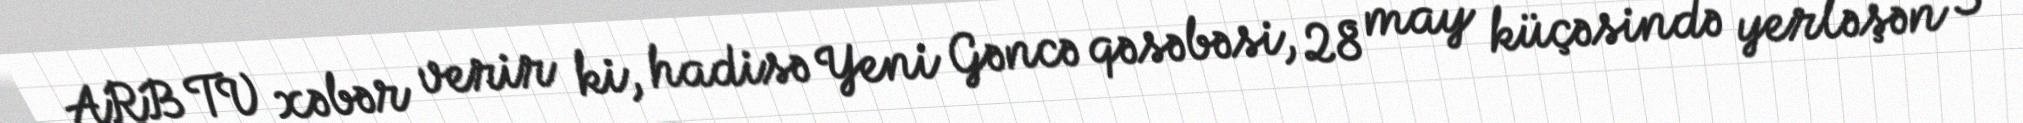
ARB TV xəbər verir ki, hadisə Yeni Gəncə qəsəbəsi, 28 may küçəsində yerləşən 3